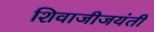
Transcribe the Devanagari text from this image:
शिवाजीजयंती